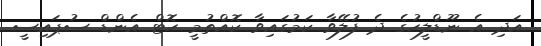
އަދި އެ ނޫޑްލީހުގެ ދެ ފުލޭވާ ކަމުގައިވާ ކޮއްތުމީ ހޮޓް އެންޑް ސުޕައިސީ